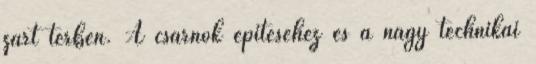
zárt térben. A csarnok építéséhez és a nagy technikai